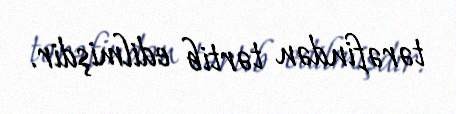
tərəfindən tərtib edilmişdir.